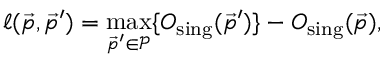
\ell ( \vec { p } , \vec { p } ^ { \prime } ) = \operatorname* { m a x } _ { \vec { p } ^ { \prime } \in \mathcal { P } } \{ { O _ { \mathrm { s i n g } } ( \vec { p } ^ { \prime } ) } \} - O _ { \mathrm { s i n g } } ( \vec { p } ) ,